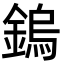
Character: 鎢